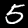
Digit: 5